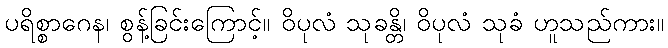
ပရိစ္စာဂေန၊ စွန့်ခြင်းကြောင့်။ ဝိပုလံ သုခန္တိ၊ ဝိပုလံ သုခံ ဟူသည်ကား။